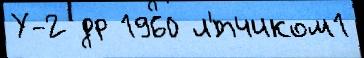
У-2 др 1960 л'́тчиком1